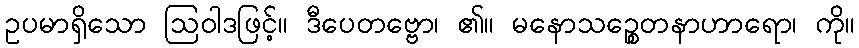
ဥပမာရှိသော ဩဝါဒဖြင့်။ ဒီပေတဗ္ဗော၊ ၏။ မနောသဉ္စေတနာဟာရော၊ ကို။